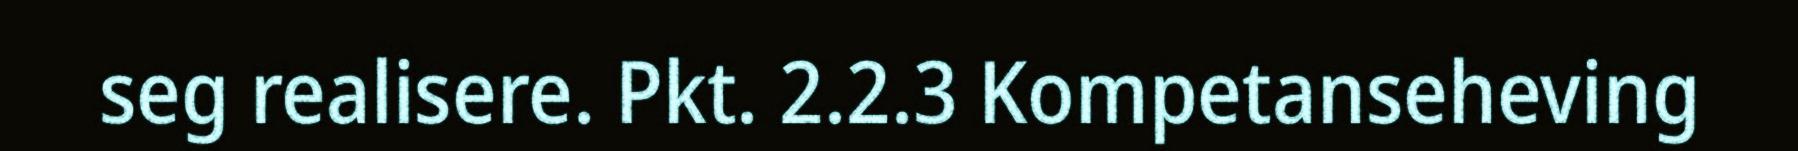
seg realisere. Pkt. 2.2.3 Kompetanseheving